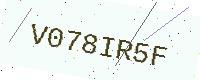
Text: V078IR5F